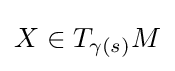
X\in T_{\gamma (s)}M